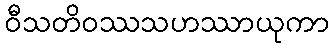
ဝီသတိဝဿသဟဿာယုကာ